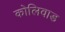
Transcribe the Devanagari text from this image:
कोलिवाड